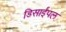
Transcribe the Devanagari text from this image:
डिसाईपल